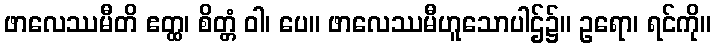
ဖာလေဿမီတိ ဧတ္ထ၊ စိတ္တံ ဝါ၊ ပေ။ ဖာလေဿမီဟူသောပါဌ်၌။ ဥရော၊ ရင်ကို။